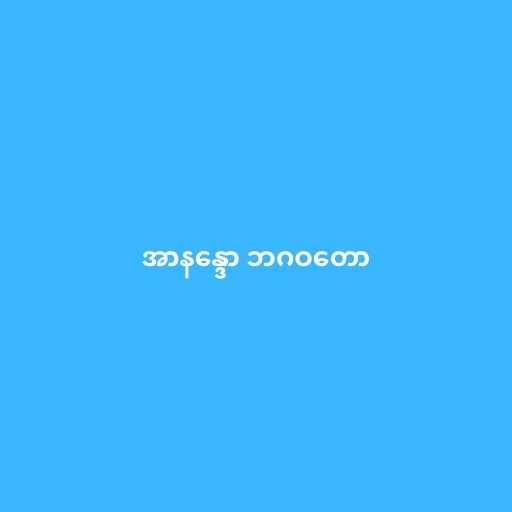
အာနန္ဒော ဘဂဝတော